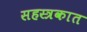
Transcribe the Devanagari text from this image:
सहस्त्रकात